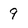
Character: 9